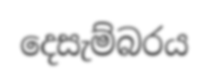
දෙසැම්බරය